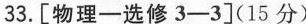
33.[物理一选修3-3](15分)